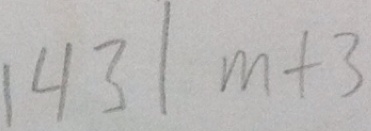
1 4 3 \vert m + 3